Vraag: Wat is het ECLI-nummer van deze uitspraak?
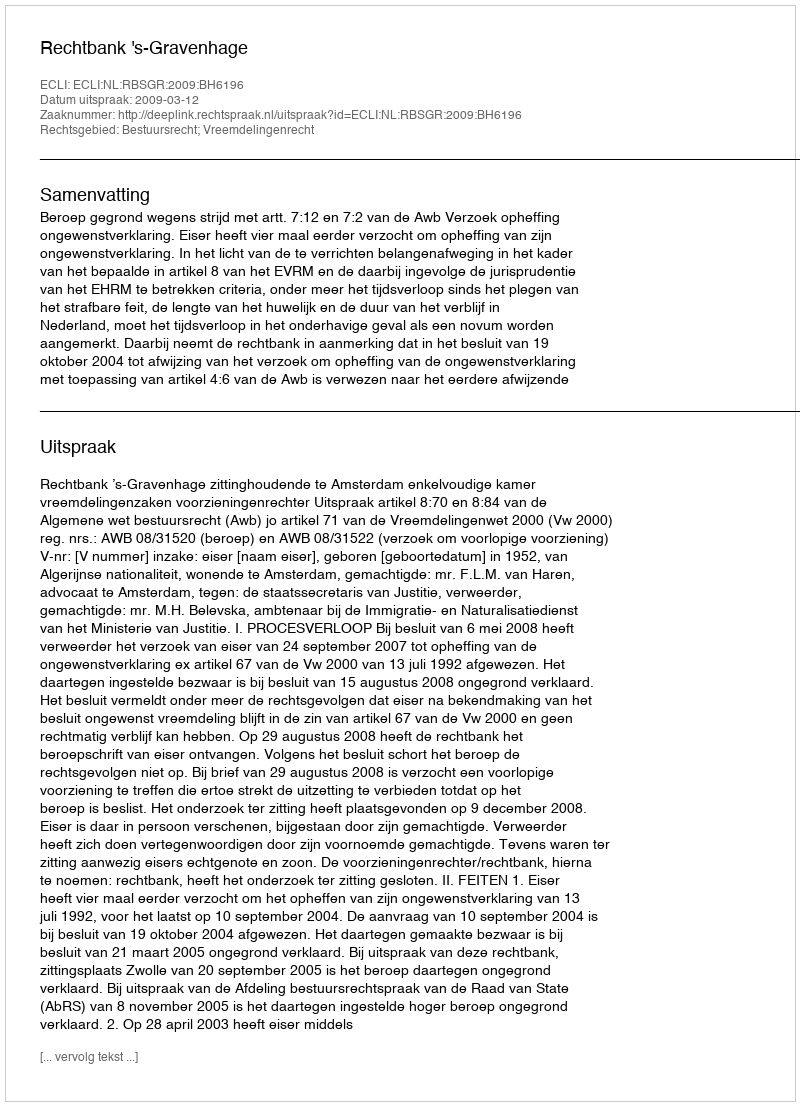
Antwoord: ECLI:NL:RBSGR:2009:BH6196